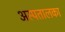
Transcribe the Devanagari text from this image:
अस्पतालका